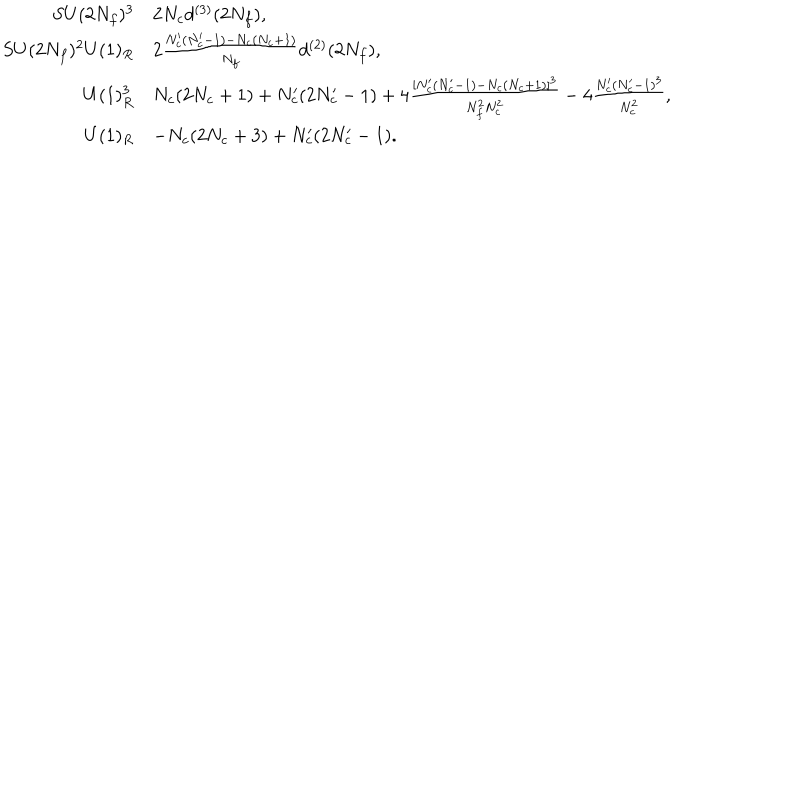
LaTeX: \begin{array} { r l } { { S U ( 2 N _ { f } ) ^ { 3 } } } & { { 2 N _ { c } d ^ { ( 3 ) } ( 2 N _ { f } ) , } } \\ { { S U ( 2 N _ { f } ) ^ { 2 } U ( 1 ) _ { R } } } & { { 2 \frac { N _ { c } ^ { \prime } ( N _ { c } ^ { \prime } - 1 ) - N _ { c } ( N _ { c } + 1 ) } { N _ { f } } d ^ { ( 2 ) } ( 2 N _ { f } ) , } } \\ { { U ( 1 ) _ { R } ^ { 3 } } } & { { N _ { c } ( 2 N _ { c } + 1 ) + N _ { c } ^ { \prime } ( 2 N _ { c } ^ { \prime } - 1 ) + 4 \frac { [ N _ { c } ^ { \prime } ( N _ { c } ^ { \prime } - 1 ) - N _ { c } ( N _ { c } + 1 ) ] ^ { 3 } } { N _ { f } ^ { 2 } N _ { c } ^ { 2 } } - 4 \frac { N _ { c } ^ { \prime } ( N _ { c } ^ { \prime } - 1 ) ^ { 3 } } { N _ { c } ^ { 2 } } , } } \\ { { U ( 1 ) _ { R } } } & { { - N _ { c } ( 2 N _ { c } + 3 ) + N _ { c } ^ { \prime } ( 2 N _ { c } ^ { \prime } - 1 ) . } } \\ \end{array}